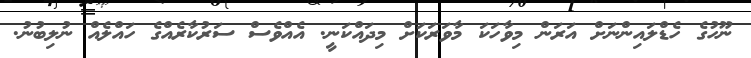
ނޫހުގެ ހެޑްލައިންނަށް އަރަން މިވާހަކަ މާވަރަކަށް މިދައްކަނީ. އެއްވެސް ސަރުކާރެއްގެ ހައްލެއް ނުލިބުނު.